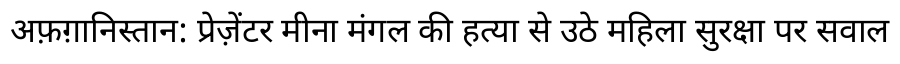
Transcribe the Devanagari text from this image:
अफ़ग़ानिस्तान: प्रेज़ेंटर मीना मंगल की हत्या से उठे महिला सुरक्षा पर सवाल